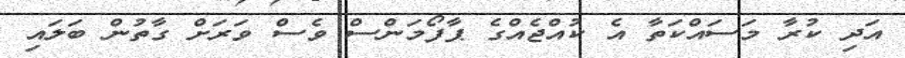
އަދި ކުރާ މަސައްކަތާ އެ ކުއްޖެއްގެ ޕާފޯމަންސް ވެސް ވަރަށް ގާތުން ބަލައި